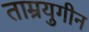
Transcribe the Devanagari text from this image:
ताम्रयुगीन